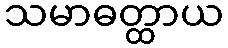
သမာဓတ္ထာယ